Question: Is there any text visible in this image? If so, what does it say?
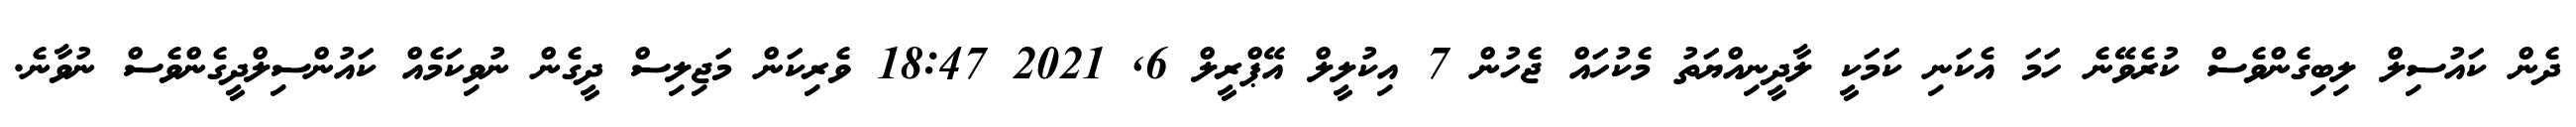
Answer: ދެން ކައުސިލް ލިބިގެންވެސް ކުރެވޭނެ ހަމަ އެކަނި ކަމަކީ ލާދީނިއްޔަތު މެކުހައް ޖެހުން 7 އިކުލީލް އޭޕްރީލް 6, 2021 18:47 ވެރިކަން މަޖިލިސް ދީގެން ނުވިކަމެއް ކައުންސިލްދީގެންވެސް ނުވާނެ.